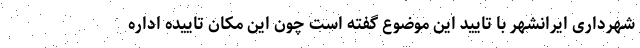
شهرداری ایرانشهر با تایید این موضوع گفته است چون این مکان تاییده اداره